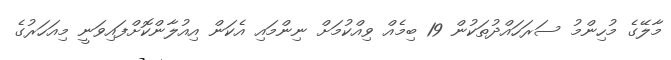
މާލޭގެ މުހިންމު ސަރަހައްދުތަކުން 19 ބިމެއް ވިއްކުމަށް ނިންމައި އެކަން އިއުލާންކޮށްފައިވަނީ މިއަހަރުގެ